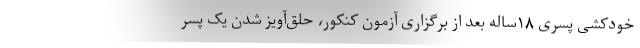
خودکشی پسری ۱۸ساله بعد از برگزاری آزمون کنکور، حلق‌آویز شدن یک پسر